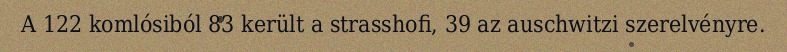
A 122 komlósiból 83 került a strasshofi, 39 az auschwitzi szerelvényre.